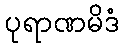
ပုရာဏမိဒံ